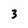
Character: 3